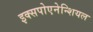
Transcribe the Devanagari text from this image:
इक्सपोएनेन्शियल